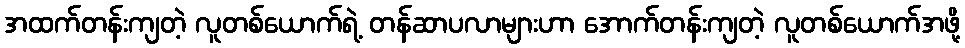
အထက်တန်းကျတဲ့ လူတစ်ယောက်ရဲ့ တန်ဆာပလာများဟာ အောက်တန်းကျတဲ့ လူတစ်ယောက်အဖို့